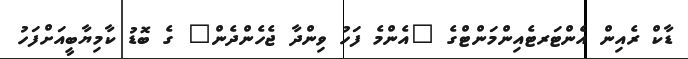
ޑާކް ރެއިން އެންޓަރޓެއިންމަންޓްގެ "އެންމެ ފަހު ވިންދާ ޖެހެންދެން" ގެ ބޮޑު ކާމިޔާބީއަށްފަހު